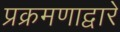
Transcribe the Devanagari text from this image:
प्रक्रमणाद्वारे